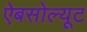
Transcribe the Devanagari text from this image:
ऐबसोल्यूट